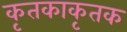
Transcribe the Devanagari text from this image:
कृतकाकृतक